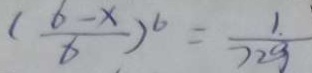
( \frac { 6 - x } { 6 } ) ^ { 6 } = \frac { 1 } { 7 2 9 }